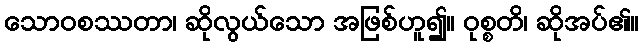
သောဝစဿတာ၊ ဆိုလွယ်သော အဖြစ်ဟူ၍။ ဝုစ္စတိ၊ ဆိုအပ်၏။